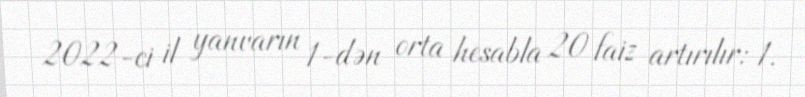
2022-ci il yanvarın 1-dən orta hesabla 20 faiz artırılır: 1.